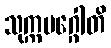
သုက္ကမဂ္ဂေါတိ